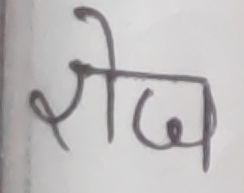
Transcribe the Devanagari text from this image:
रोज